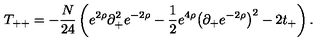
T _ { + + } = - { \frac { N } { 2 4 } } \left( e ^ { 2 \rho } \partial _ { + } ^ { 2 } e ^ { - 2 \rho } - { \frac { 1 } { 2 } } e ^ { 4 \rho } { \left( \partial _ { + } e ^ { - 2 \rho } \right) } ^ { 2 } - 2 t _ { + } \right) .